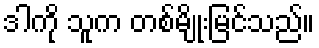
ဒါကို သူက တစ်မျိုးမြင်သည်။